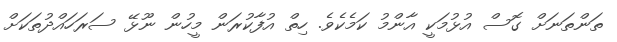
ތަންތަނަށް ގޮސް އުޅުމަކީ އާންމު ކަމެކެވެ. ހިތް އުފާކުރަން މީހުން ނޫޅޭ ސަރަހައްދުތަކަށް